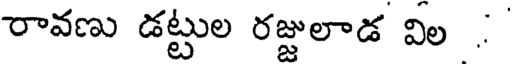
రావణు డట్టుల రజ్జులాడ విల .